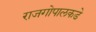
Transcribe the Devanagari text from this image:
राजगोपालकडे